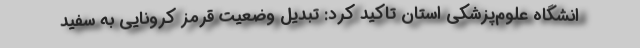
انشگاه علوم‌پزشکی استان تاکید کرد: تبدیل وضعیت قرمز کرونایی به سفید